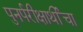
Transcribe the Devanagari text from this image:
पुनर्परीक्षार्थीचा